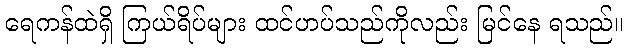
ရေကန်ထဲရှိ ကြယ်ရိပ်များ ထင်ဟပ်သည်ကိုလည်း မြင်နေ ရသည်။